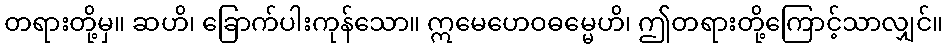
တရားတို့မှ။ ဆဟိ၊ ခြောက်ပါးကုန်သော။ ဣမေဟေဝဓမ္မေဟိ၊ ဤတရားတို့ကြောင့်သာလျှင်။